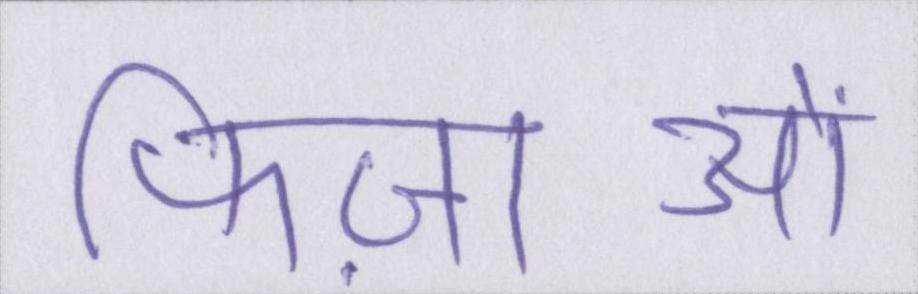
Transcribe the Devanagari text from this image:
फिज़ाओं